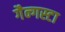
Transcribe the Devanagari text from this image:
गैन्गस्टा